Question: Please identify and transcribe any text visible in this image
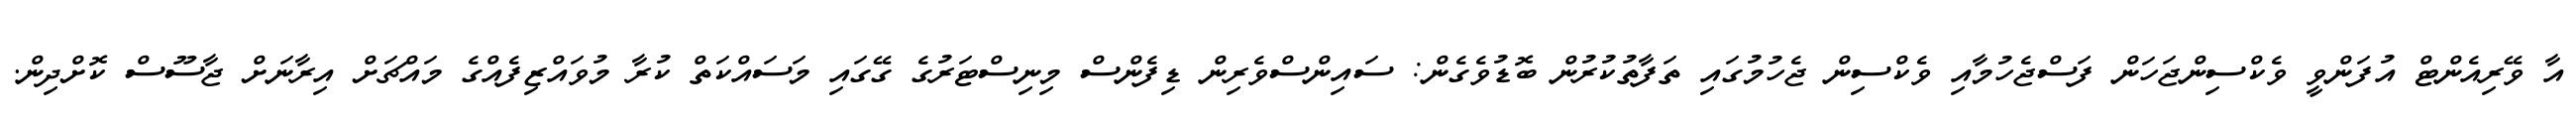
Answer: އާ ވޭރިއެންޓް އުފަންވީ ވެކްސިންޖަހަން ފަސްޖެހުމާއި ވެކްސިން ޖެހުމުގައި ތަފާތުކުރުން ބޮޑުވެގެން: ސައިންސްވެރިން ޑިފެންސް މިނިސްޓަރުގެ ގޭގައި މަސައްކަތް ކުރާ މުވައްޒިފެއްގެ މައްޗަށް އިރާނަށް ޖާސޫސް ކޮށްދިން.